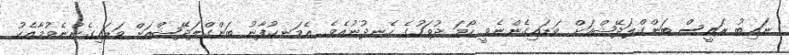
ނައިބު ރައީސް ބަންގްލަދޭޝްއަށް ވަޑައިގެންނެވީ ހޯމަ ދުވަހުގެ ހެނދުނުއެވެ. އެމަނކުފާނު ބަންގްލަދޭޝްއަށް ވަޑައިގެންނެވުމާއެކު